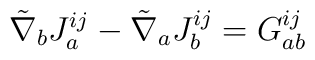
{\tilde{\nabla}}_{b}J^{ij}_{a}- {\tilde{\nabla}}_{a}J^{ij}_{b}= G_{ab}^{ij}